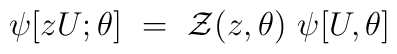
\psi[zU;\theta]~=~{\cal Z} (z,\theta)~\psi[U,\theta]